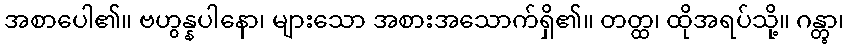
အစာပေါ၏။ ဗဟွန္နပါနော၊ များသော အစားအသောက်ရှိ၏။ တတ္ထ၊ ထိုအရပ်သို့။ ဂန္တွာ၊